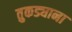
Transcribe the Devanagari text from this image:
तुकड्याना